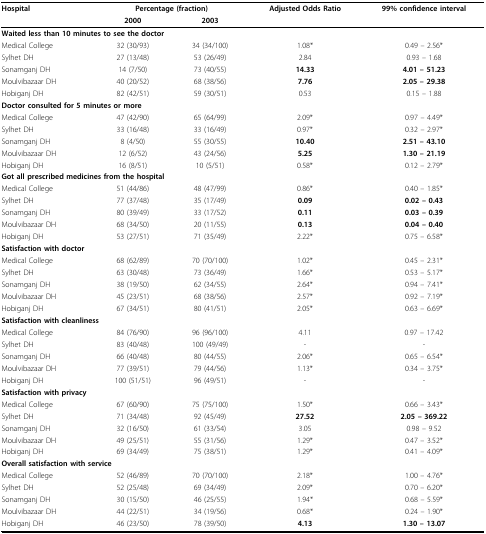
<table><thead><tr><td><b>Hospital</b></td><td colspan="2"><b>Percentage (fraction)</b></td><td><b>Adjusted Odds Ratio</b></td><td><b>99% confidence interval</b></td></tr><tr><td></td><td><b>2000</b></td><td><b>2003</b></td><td></td><td></td></tr></thead><tbody><tr><td colspan="5"><b>Waited less than 10 minutes to see the doctor</b></td></tr><tr><td>Medical College</td><td>32 (30/93)</td><td>34 (34/100)</td><td>1.08*</td><td>0.49 – 2.56*</td></tr><tr><td>Sylhet DH</td><td>27 (13/48)</td><td>53 (26/49)</td><td>2.84</td><td>0.93 – 1.68</td></tr><tr><td>Sonamganj DH</td><td>14 (7/50)</td><td>73 (40/55)</td><td><b>14.33</b></td><td><b>4.01 – 51.23</b></td></tr><tr><td>Moulvibazaar DH</td><td>40 (20/52)</td><td>68 (38/56)</td><td><b>7.76</b></td><td><b>2.05 – 29.38</b></td></tr><tr><td>Hobiganj DH</td><td>82 (42/51)</td><td>59 (30/51)</td><td>0.53</td><td>0.15 – 1.88</td></tr><tr><td colspan="5"><b>Doctor consulted for 5 minutes or more</b></td></tr><tr><td>Medical College</td><td>47 (42/90)</td><td>65 (64/99)</td><td>2.09*</td><td>0.97 – 4.49*</td></tr><tr><td>Sylhet DH</td><td>33 (16/48)</td><td>33 (16/49)</td><td>0.97*</td><td>0.32 – 2.97*</td></tr><tr><td>Sonamganj DH</td><td>8 (4/50)</td><td>55 (30/55)</td><td><b>10.40</b></td><td><b>2.51 – 43.10</b></td></tr><tr><td>Moulvibazaar DH</td><td>12 (6/52)</td><td>43 (24/56)</td><td><b>5.25</b></td><td><b>1.30 – 21.19</b></td></tr><tr><td>Hobiganj DH</td><td>16 (8/51)</td><td>10 (5/51)</td><td>0.58*</td><td>0.12 – 2.79*</td></tr><tr><td colspan="5"><b>Got all prescribed medicines from the hospital</b></td></tr><tr><td>Medical College</td><td>51 (44/86)</td><td>48 (47/99)</td><td>0.86*</td><td>0.40 – 1.85*</td></tr><tr><td>Sylhet DH</td><td>77 (37/48)</td><td>35 (17/49)</td><td><b>0.09</b></td><td><b>0.02 – 0.43</b></td></tr><tr><td>Sonamganj DH</td><td>80 (39/49)</td><td>33 (17/52)</td><td><b>0.11</b></td><td><b>0.03 – 0.39</b></td></tr><tr><td>Moulvibazaar DH</td><td>68 (34/50)</td><td>20 (11/55)</td><td><b>0.13</b></td><td><b>0.04 – 0.40</b></td></tr><tr><td>Hobiganj DH</td><td>53 (27/51)</td><td>71 (35/49)</td><td>2.22*</td><td>0.75 – 6.58*</td></tr><tr><td colspan="5"><b>Satisfaction with doctor</b></td></tr><tr><td>Medical College</td><td>68 (62/89)</td><td>70 (70/100)</td><td>1.02*</td><td>0.45 – 2.31*</td></tr><tr><td>Sylhet DH</td><td>63 (30/48)</td><td>73 (36/49)</td><td>1.66*</td><td>0.53 – 5.17*</td></tr><tr><td>Sonamganj DH</td><td>38 (19/50)</td><td>62 (34/55)</td><td>2.64*</td><td>0.94 – 7.41*</td></tr><tr><td>Moulvibazaar DH</td><td>45 (23/51)</td><td>68 (38/56)</td><td>2.57*</td><td>0.92 – 7.19*</td></tr><tr><td>Hobiganj DH</td><td>67 (34/51)</td><td>80 (41/51)</td><td>2.05*</td><td>0.63 – 6.69*</td></tr><tr><td colspan="5"><b>Satisfaction with cleanliness</b></td></tr><tr><td>Medical College</td><td>84 (76/90)</td><td>96 (96/100)</td><td>4.11</td><td>0.97 – 17.42</td></tr><tr><td>Sylhet DH</td><td>83 (40/48)</td><td>100 (49/49)</td><td>-</td><td>-</td></tr><tr><td>Sonamganj DH</td><td>66 (40/48)</td><td>80 (44/55)</td><td>2.06*</td><td>0.65 – 6.54*</td></tr><tr><td>Moulvibazaar DH</td><td>77 (39/51)</td><td>79 (44/56)</td><td>1.13*</td><td>0.34 – 3.75*</td></tr><tr><td>Hobiganj DH</td><td>100 (51/51)</td><td>96 (49/51)</td><td>-</td><td>-</td></tr><tr><td colspan="5"><b>Satisfaction with privacy</b></td></tr><tr><td>Medical College</td><td>67 (60/90)</td><td>75 (75/100)</td><td>1.50*</td><td>0.66 – 3.43*</td></tr><tr><td>Sylhet DH</td><td>71 (34/48)</td><td>92 (45/49)</td><td><b>27.52</b></td><td><b>2.05 – 369.22</b></td></tr><tr><td>Sonamganj DH</td><td>32 (16/50)</td><td>61 (33/54)</td><td>3.05</td><td>0.98 – 9.52</td></tr><tr><td>Moulvibazaar DH</td><td>49 (25/51)</td><td>55 (31/56)</td><td>1.29*</td><td>0.47 – 3.52*</td></tr><tr><td>Hobiganj DH</td><td>69 (34/49)</td><td>75 (38/51)</td><td>1.29*</td><td>0.41 – 4.09*</td></tr><tr><td colspan="5"><b>Overall satisfaction with service</b></td></tr><tr><td>Medical College</td><td>52 (46/89)</td><td>70 (70/100)</td><td>2.18*</td><td>1.00 – 4.76*</td></tr><tr><td>Sylhet DH</td><td>52 (25/48)</td><td>69 (34/49)</td><td>2.09*</td><td>0.70 – 6.20*</td></tr><tr><td>Sonamganj DH</td><td>30 (15/50)</td><td>46 (25/55)</td><td>1.94*</td><td>0.68 – 5.59*</td></tr><tr><td>Moulvibazaar DH</td><td>44 (22/51)</td><td>34 (19/56)</td><td>0.68*</td><td>0.24 – 1.90*</td></tr><tr><td>Hobiganj DH</td><td>46 (23/50)</td><td>78 (39/50)</td><td><b>4.13</b></td><td><b>1.30 – 13.07</b></td></tr></tbody></table>